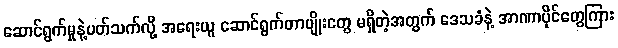
ဆောင်ရွက်မှုနဲ့ပတ်သက်လို့ အရေးယူ ဆောင်ရွက်တာမျိုးတွေ မရှိတဲ့အတွက် ဒေသခံနဲ့ အာဏာပိုင်တွေကြား